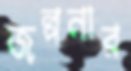
জল্পনার